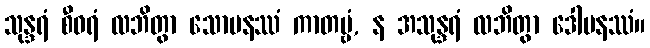
သုန္ဒရံ စီဝရံ လဘိတွာ သောမနဿံ ကာတဗ္ဗံ, န အသုန္ဒရံ လဘိတွာ ဒေါမနဿံ။